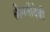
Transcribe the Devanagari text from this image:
श्रीमतीदेवी